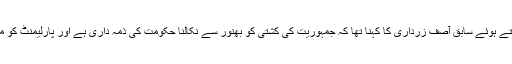
پشاور میں پریس کانفرنس کرتے ہوئے سابق آصف زرداری کا کہنا تھا کہ جمہوریت کی کشتی کو بھنور سے نکالنا حکومت کی ذمہ داری ہے اور پارلیمنٹ کو مسائل کا حل خود نکالنا چاہیے۔